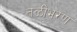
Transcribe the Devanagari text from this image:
तळीभरण